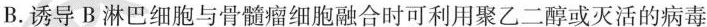
B.诱导B淋巴细胞与骨髓瘤细胞融合时可利用聚乙二醇或灭活的病毒